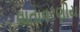
વાતાવરણીય